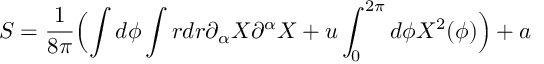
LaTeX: S = \frac { 1 } { 8 \pi } \Bigl ( \int d \phi \int r d r \partial _ { \alpha } X \partial ^ { \alpha } X + u \int _ { 0 } ^ { 2 \pi } d \phi X ^ { 2 } ( \phi ) \Bigr ) + a